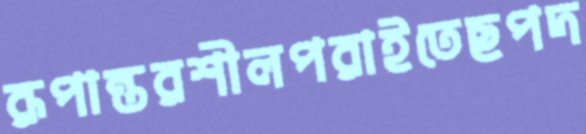
রূপান্তরশীলপরাইতেছপদ